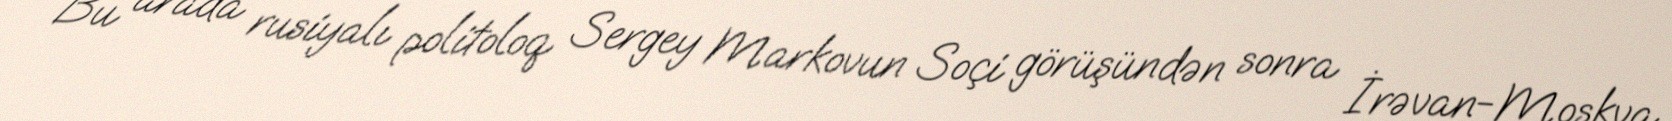
Bu arada rusiyalı politoloq Sergey Markovun Soçi görüşündən sonra İrəvan-Moskva